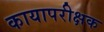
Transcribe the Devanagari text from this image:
कायापरीक्षक